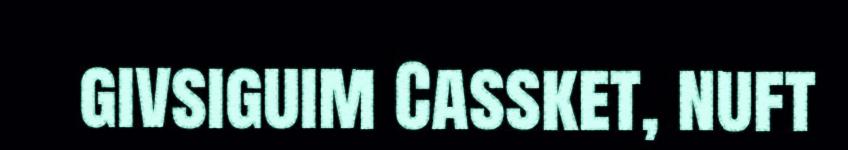
givsiguim Cassket, nuft